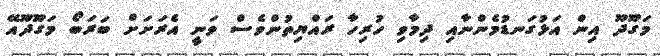
މަގޫދޫ އިން އަޅުގަނޑުމެންނާއި ދިމާވި ހުރިހާ ރައްޔިތުންވެސް ވަނީ އެރަށަށް ބަރަބޯ މަގޫދޫއޭ